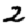
Digit: 2